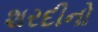
શરદીનો